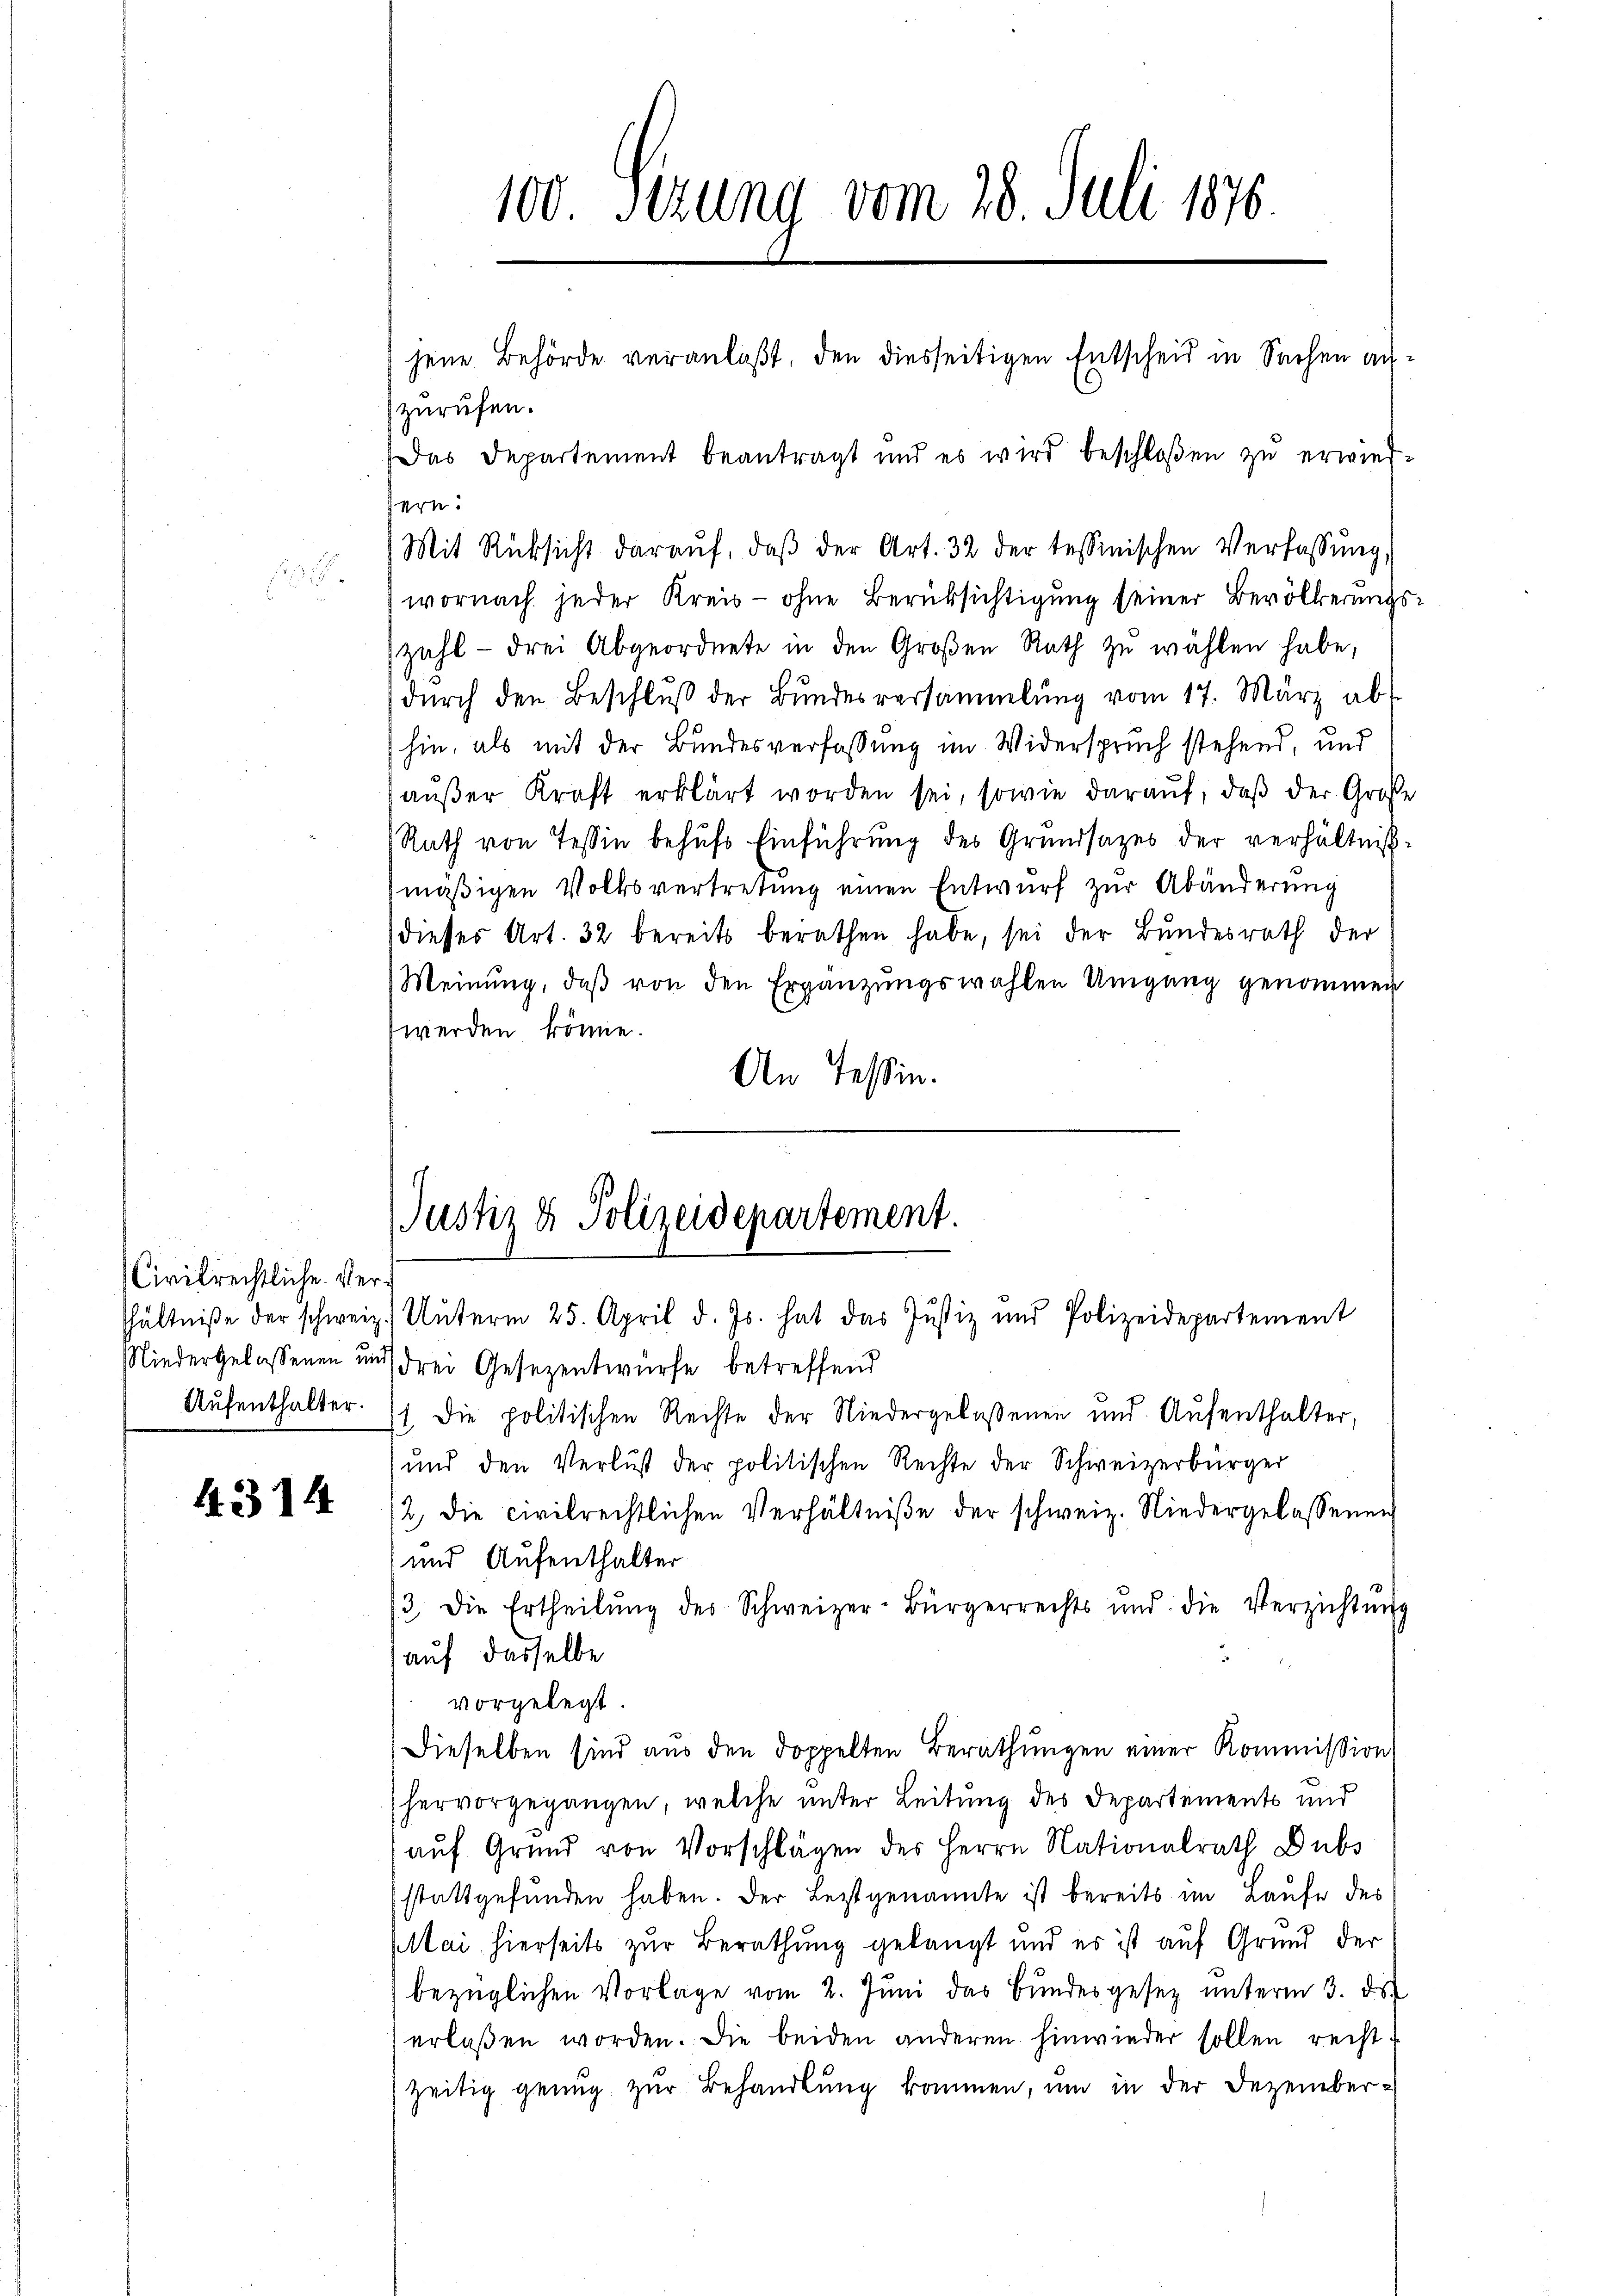
Civilrechtliche Ver¬
Aufenthalter.

4.314

100. Sezung vom 28. Juli 1876.
jene Behörde veranlaßt, den diesseitigen Entscheid in Sachen anzurufen.

Das Departement beantragt und es wird beschloßen zu erwies¬
Mit Rücksicht darauf, daβ der Art. 32 der tessinischen Verfassung,
wornach jeder Kreis- ohne Berücksichtigung seiner Bevölkerungszahl - drei Abgeordnete in den Großen Rath zŭ wählen habe,
dŭrch den Beschlŭβ der Bŭndesversammlung vom 17. März ab-
hin, als mit der Bundesverfassung im Widerspruch stehend, und
aŭβer Kraft erklärt worden sei, sowie daraŭf, daβ der Große
Rath von Tessin behŭfs Einführung des Grundsazes der verhältnißmäßigen Volksvertretung einen Entwurf zur Abänderung
dieses Art. 32 bereits berathen habe, sei der Bundesrath der
Meinung, daß von den Ergänzungswahlen Umgang genommen
werden könne.
An Tessin.
Niedergelassenen und drei Gesezentwürfe betreffend
st. Die politischen Rechte der Niedergelassenen und Aufenthalter,
und den Verlust der politischen Rechte der Schweizerbürger
/2, die civilrechtlichen Verhältniße der schweiz. Niedergelassenen
und Aufenthalter
3. Die Ertheilŭng des Schweizer-Bürgerrechts und die Verzichtŭng
auf dasselbe
vorgelegt.
Dieselben sind aus den doppelten Berathungen einer Kommission
hervorgegangen, welche unter Leitung des Departements und
aŭf Grund von Vorschlägen des Herrn Nationalrath Dubs
stattgefunden haben. Der Leztgenannte ist bereits im Laufe des
Mai hierseits zur Berathung gelangt und es ist auf Grund der
bezüglichen Vorlage vom 2. Juni das Bundesgesez unterm 3. ds.
erlaßen worden. Die beiden anderen hinwieder sollen recht-
zeitig genug zur Behandlung kommen, um in der Dezember¬

sern.

Justiz & Polizeidepartement.
hältniße der schweiz. Unterm 25. April d. Js. hat das Justiz und Polizeidepartement